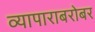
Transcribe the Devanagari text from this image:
व्यापाराबरोबर